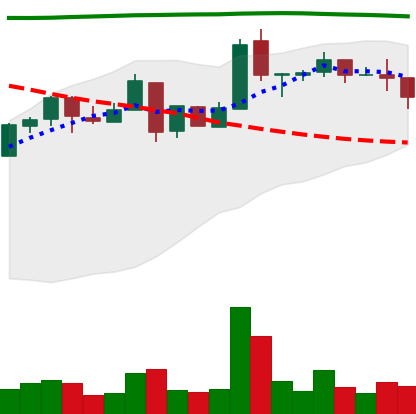
Ticker: NEO-USD
Chart end date: 2018-05-07
Forward return: -18.336%
Label: down_7plus